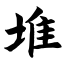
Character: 堆